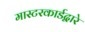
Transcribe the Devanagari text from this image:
मास्टरकार्डद्वारे